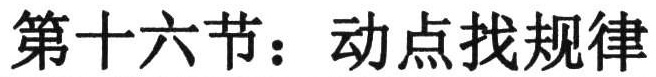
第十六节：动点找规律